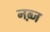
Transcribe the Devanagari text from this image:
नब़्ज